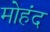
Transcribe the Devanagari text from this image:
मोहंद